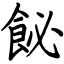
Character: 飶